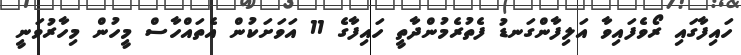
ހައިފާގައި ރޯވެފައިވާ އަލިފާންގަނޑު ފެތުރެމުންދާތީ ހައިފާގެ 11 އަވަށަކުން އެތައްހާސް މީހުން މިހާރުވަނީ